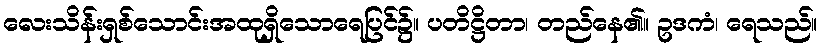
လေးသိန်းရှစ်သောင်းအထုရှိသောရေပြင်၌။ ပတိဋ္ဌိတာ၊ တည်နေ၏။ ဥဒကံ၊ ရေသည်။